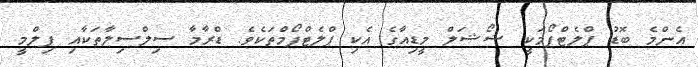
އެންމެ ބޮޑު ޕްލެޓްފޯމަކީ ޝޯޝަލް މީޑިއާގެ އެކި ޕްލެޓްފޯމްތަކެވެ. ޑްރާމާ ސިލްސިލާތަކާއި ފިލްމީ